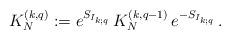
LaTeX: \begin{align*}K_N^{(k,q)}:=e^{S_{I_{k;q}}}\,K_N^{(k,q-1)}\,e^{-S_{I_{k;q}}}\,.\end{align*}